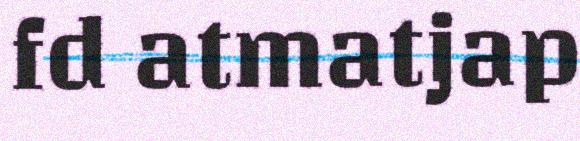
fd atmatjap